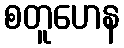
စတူဟေန